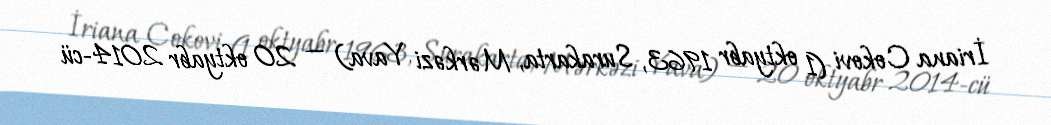
İriana Cokovi (1 oktyabr 1963, Surakarta, Mərkəzi Yava) — 20 oktyabr 2014-cü